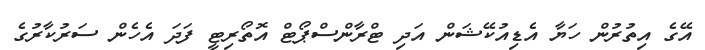
އޭގެ އިތުރުން ހަޔާ އެޑިއުކޭޝަން އަދި ޓްރާންސްޕޯޓް އޮތޯރިޓީ ފަދަ އެހެން ސަރުކާރުގެ